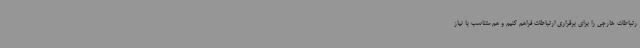
رتباطات خارجی را برای برقراری ارتباطات فراهم کنیم و هم متناسب با نیاز